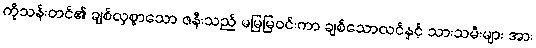
ကိုသန်းတင်၏ ချစ်လှစွာသော ဇနီးသည် မမြမြဝင်းကာ ချစ်သောလင်နှင့် သားသမီးများ အား